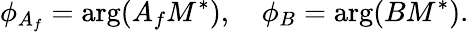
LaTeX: \phi_{A_{f}}=\mathrm{arg}(A_{f}M^{\ast}),\quad\phi_{B}=\mathrm{arg}(BM^{\ast}).